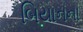
બિયાનના